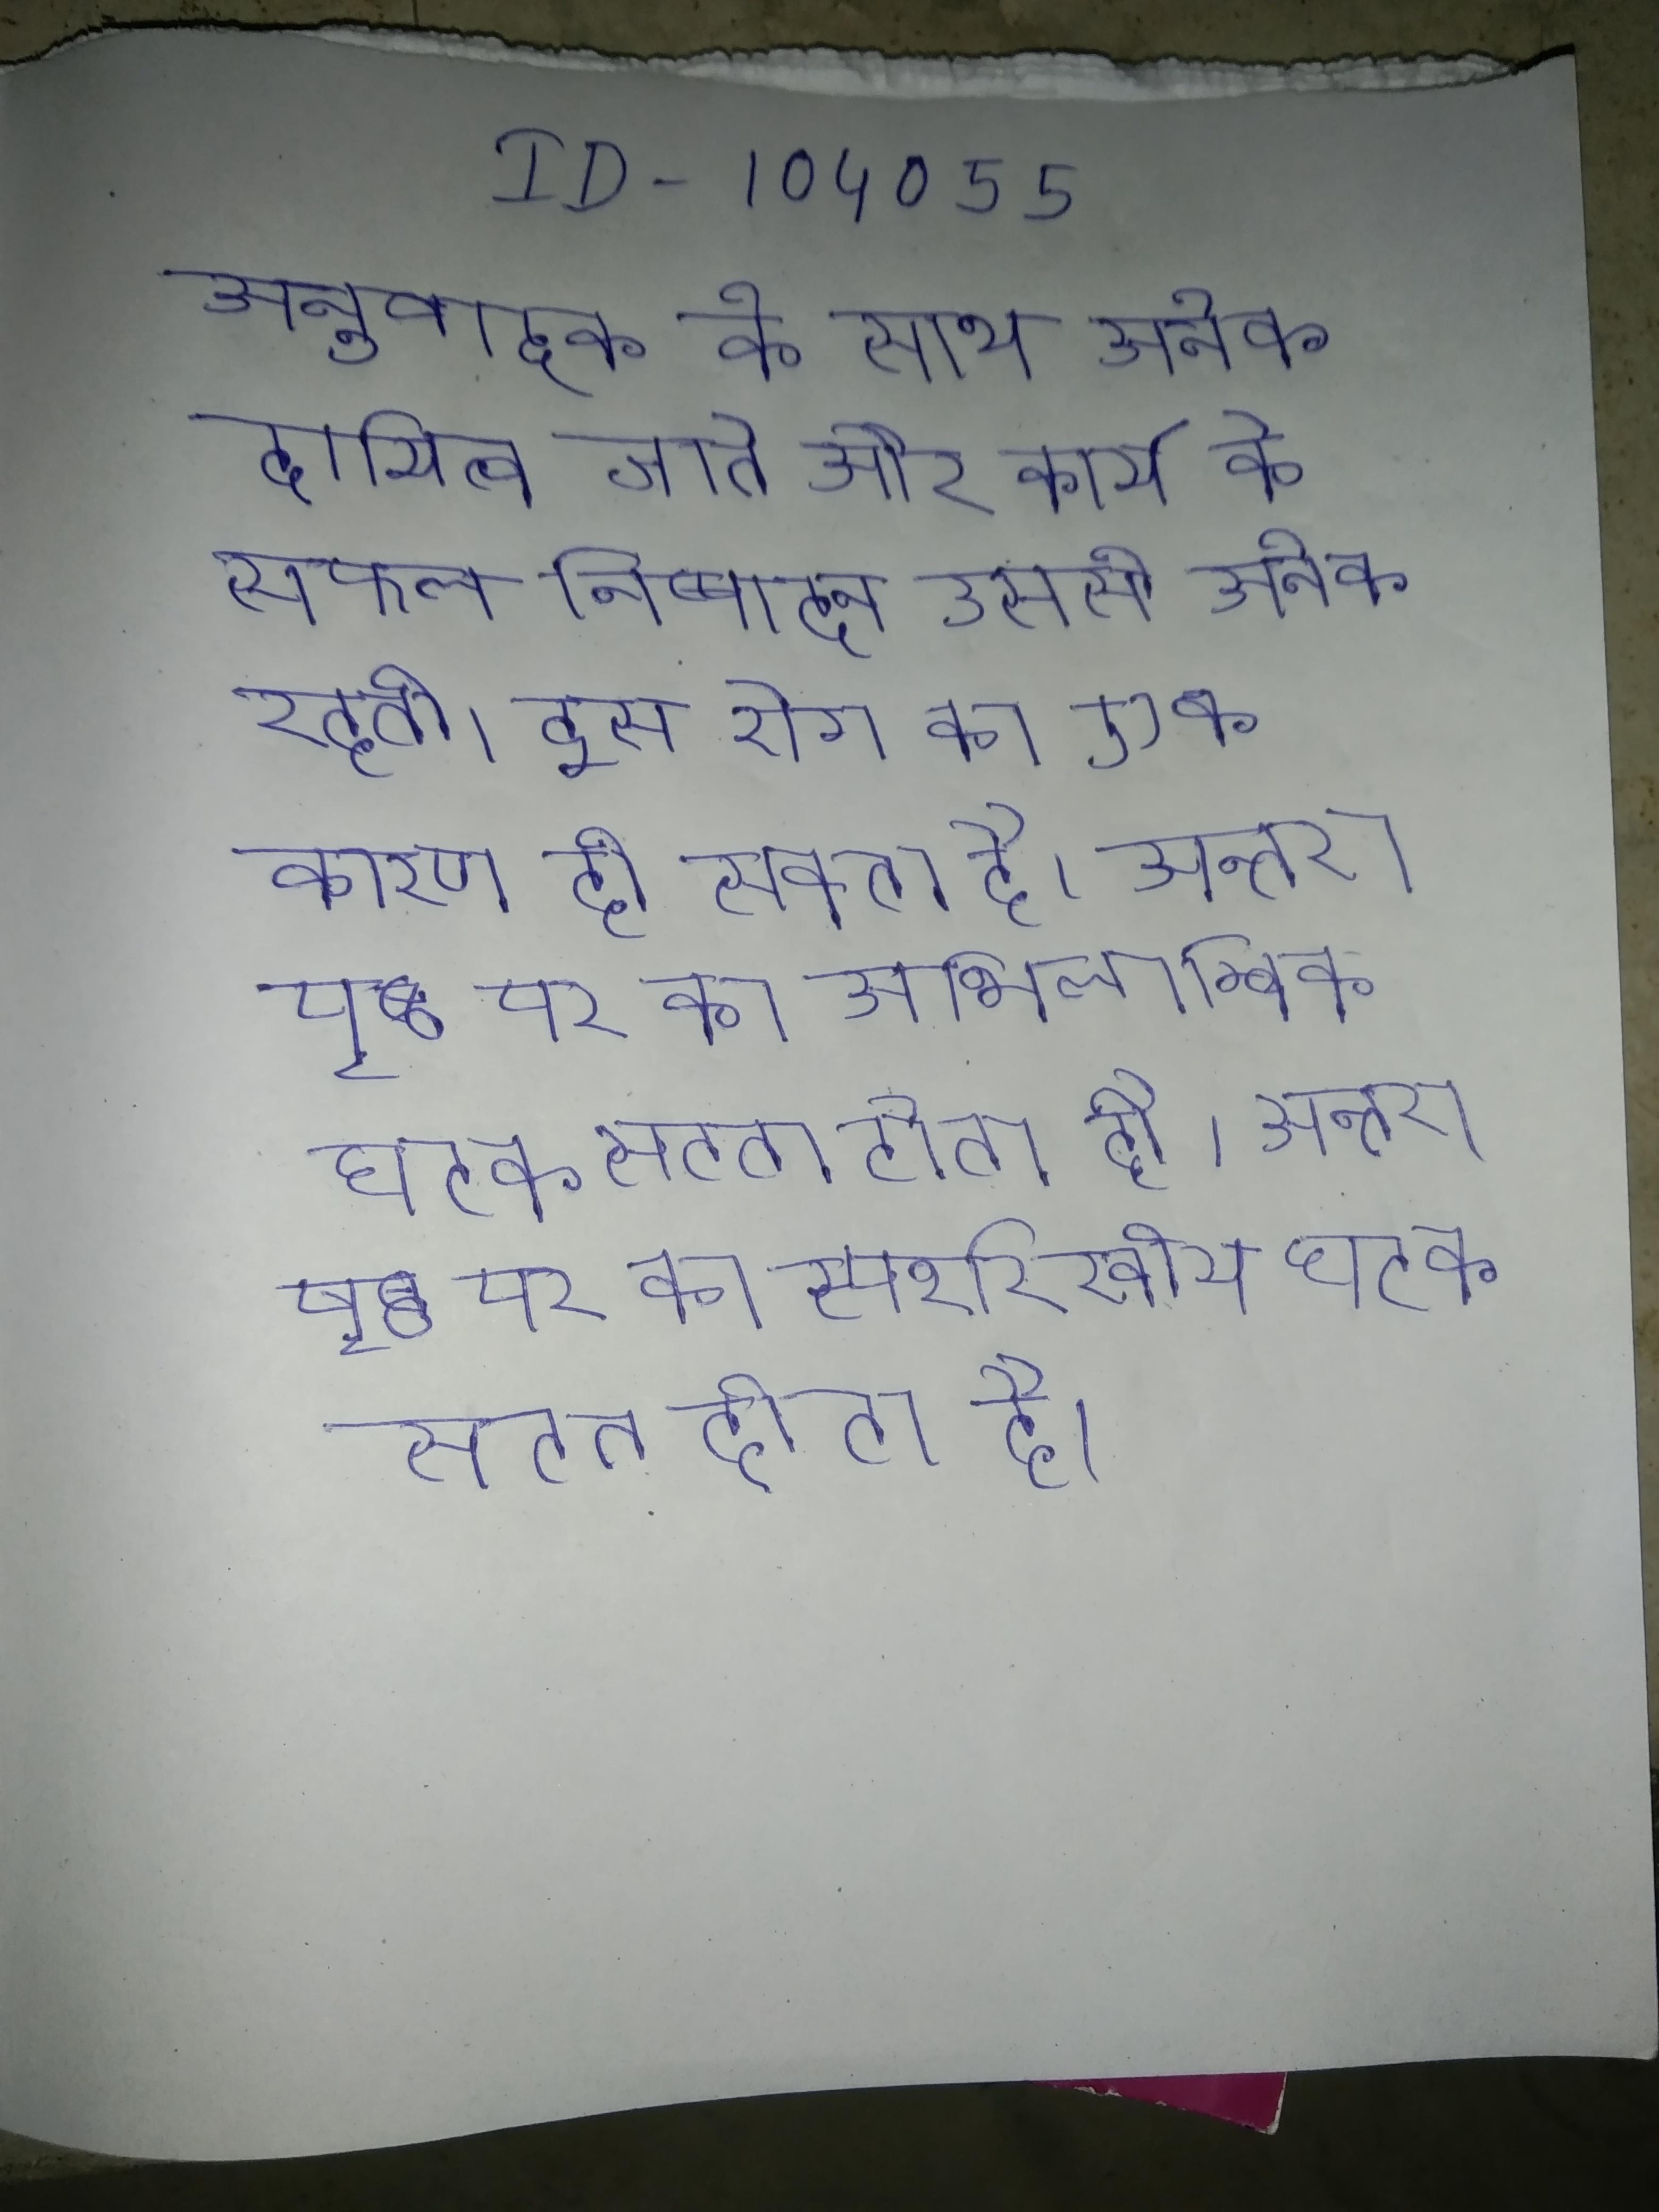
अनुवादक के साथ अनेक दायित्व जाते और कार्य के सफल निष्पादन उससे अनेक रहती । इस रोग का एक कारण हो सकता है । अन्तरापृष्ठ पर का अभिलाम्बिक घटक सतत होता है । अन्तरापृष्ठ पर का स्पर्शरेखीय घटक सतत होता है ।